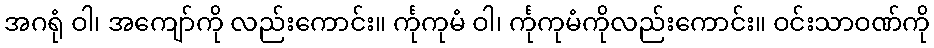
အဂရုံ ဝါ၊ အကျော်ကို လည်းကောင်း။ င်္ကုကုမံ ဝါ၊ င်္ကုကုမံကိုလည်းကောင်း။ ဝင်းသာဝဏ်ကို